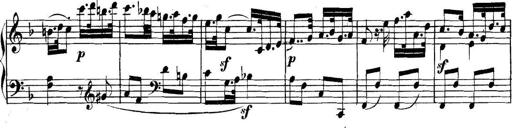
Title: Collected Piano Sonatas
Composer: Muzio Clementi